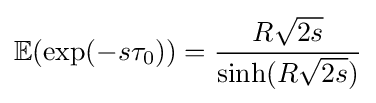
\mathbb {E} (\exp(-s\tau _{0}))={\frac {R{\sqrt {2s}}}{\sinh(R{\sqrt {2s}})}}